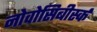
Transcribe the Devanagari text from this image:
नोवोसिबीर्स्क